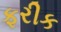
ફરીક